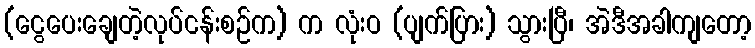
(ငွေပေးချေတဲ့လုပ်ငန်းစဉ်က) က လုံးဝ (ပျက်ပြား) သွားပြီ၊ အဲဒီအခါကျတော့